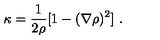
\kappa = \frac { 1 } { 2 \rho } [ 1 - ( \nabla \rho ) ^ { 2 } ] \ .